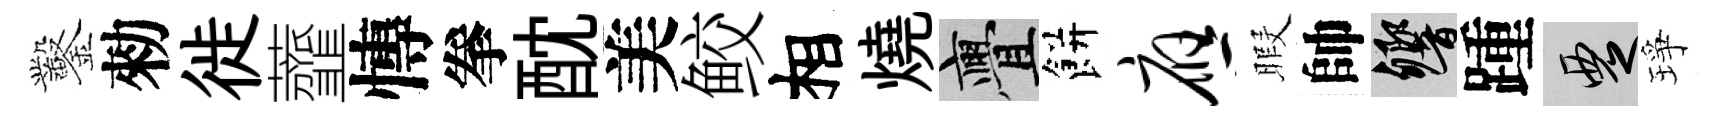
鑿勑徙虀慱拳酖美鲛相燒亹餅应暇帥響踵覂琤